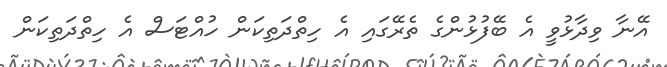
އޭނާ ވިދާޅުވީ އެ ބޭފުޅުންގެ ތެރޭގައި އެ ހިތްދަތިކަން ހުއްޓަސް އެ ހިތްދަތިކަން